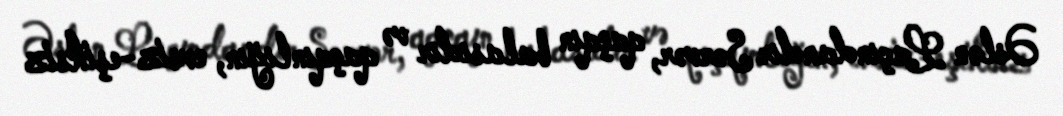
Əslən Laçındandır Sərvər, qaçqın balasıdır və qaçqınlığın, evsiz-eşiksiz